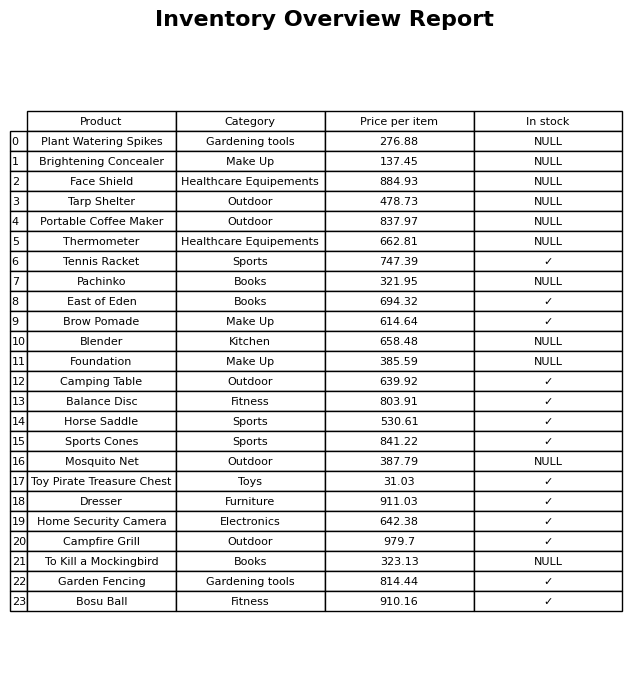
question: What is the price for Mosquito Net?
answer: The price of Mosquito Net is 387.79.